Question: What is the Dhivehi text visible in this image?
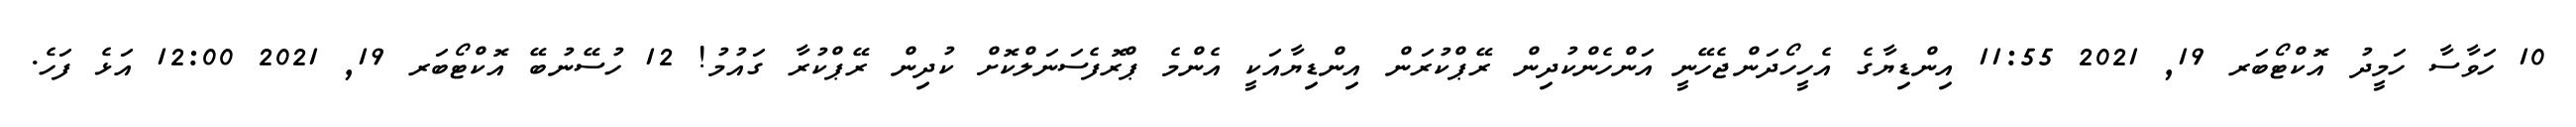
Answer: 10 ހަވާސާ ހަމީދު އޮކްޓޯބަރ 19, 2021 11:55 އިންޑިޔާގެ އެހީހޯދަންޖެހޭނީ އަންހެންކުދިން ރޭޕްކުރަން އިންޑިޔާއަކީ އެންމެ ޕްރޮފެސަނަލްކޮށް ކުދިން ރޭޕްކުރާ ގައުމު! 12 ހުސޭނުބޭ އޮކްޓޯބަރ 19, 2021 12:00 އަޅެ ފަހެ.